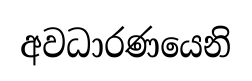
අවධාරණයෙනි